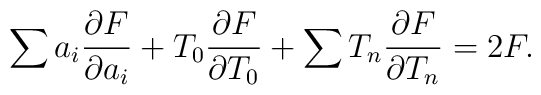
\sum a_i \frac{\partial F}{\partial a_i}+T_0\frac{\partial F}{\partial T_0}+\sum T_n\frac{\partial F}{\partial T_n}=2 F.